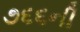
૭૬૬ની